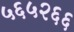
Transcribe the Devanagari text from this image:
५६५२६६